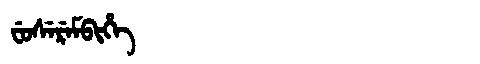
Manchu: ᠸᡠᠰᡝᡵᡝᠮᠪᡳᡥᡝ
Romanization: FUSEREMBIHE